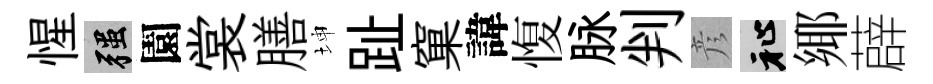
惺强園裳膳坤趾窠諱愎脉判彦祉鄊薜